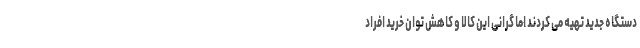
دستگاه جدید تهیه می کردند اما گرانی این کالا و کاهش توان خرید افراد